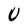
Character: U